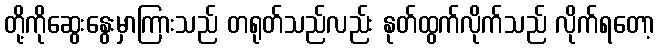
တို့ကိုဆွေးနွေးမှာကြားသည် တရုတ်သည်လည်း နုတ်ထွက်လိုက်သည် လိုက်ရတော့